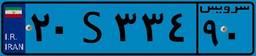
۲۷S۷۰۷۵۰